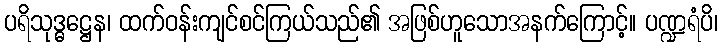
ပရိသုဒ္ဓဋ္ဌေန၊ ထက်ဝန်းကျင်စင်ကြယ်သည်၏ အဖြစ်ဟူသောအနက်ကြောင့်။ ပဏ္ဍရံပိ၊